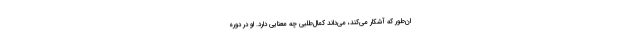
ان‌طور که آشکار می‌کند، می‌داند کمال‌طلبی چه معنایی دارد. او در دورهٔ